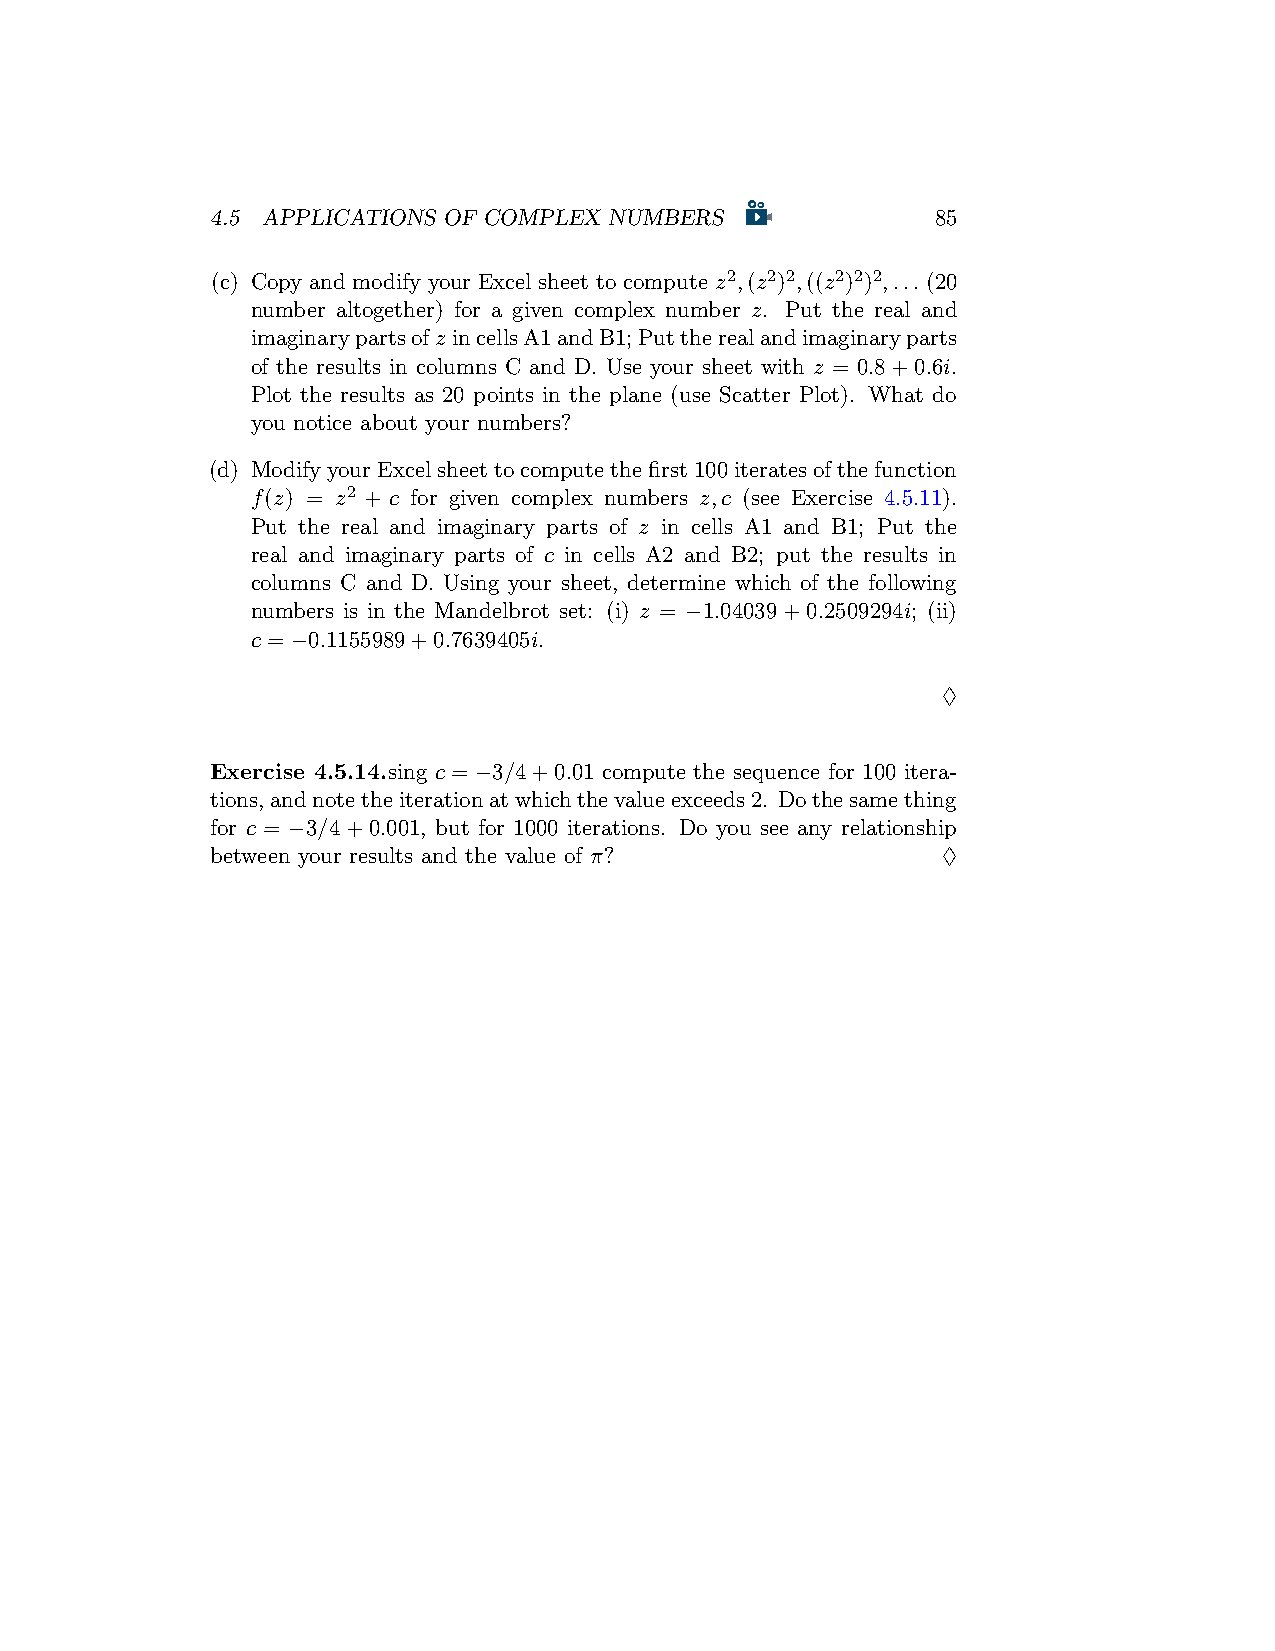
4.5 APPLICATIONS OF COMPLEX NUMBERS             85
 (c) Copy and modify your Excel sheet to compute z2,(z2)2,((z2)2)2,... (20
 number altogether) for a given complex number z. Put the real and
 imaginarypartsofz incellsA1andB1;Puttherealandimaginaryparts
 of the results in columns C and D. Use your sheet with z = 0.8+0.6i.
 Plot the results as 20 points in the plane (use Scatter Plot). What do
 you notice about your numbers?
 (d) ModifyyourExcelsheettocomputethefirst100iteratesofthefunction
 f(z) = z2 + c for given complex numbers z,c (see Exercise 4.5.11).
 Put the real and imaginary parts of z in cells A1 and B1; Put the
 real and imaginary parts of c in cells A2 and B2; put the results in
 columns C and D. Using your sheet, determine which of the following
 numbers is in the Mandelbrot set: (i) z = −1.04039+0.2509294i; (ii)
 c = −0.1155989+0.7639405i.
 ♢
 Exercise 4.5.14.sing c = −3/4+0.01 compute the sequence for 100 itera-
 tions,andnotetheiterationatwhichthevalueexceeds2. Dothesamething
 for c = −3/4+0.001, but for 1000 iterations. Do you see any relationship
 between your results and the value of π?        ♢